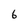
Character: 6